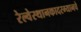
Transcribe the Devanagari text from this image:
रेल्वेस्थानकादरम्यानचे